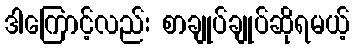
ဒါကြောင့်လည်း စာချုပ်ချုပ်ဆိုရမယ့်